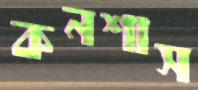
কনশাস